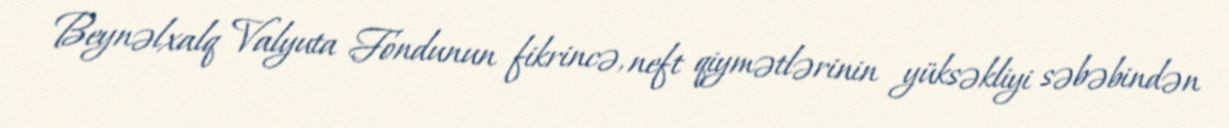
Beynəlxalq Valyuta Fondunun fikrincə, neft qiymətlərinin yüksəkliyi səbəbindən